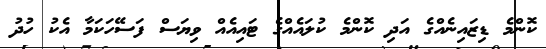
ކޮންމެ ޑިޒައިނެއްގެ އަދި ކޮންމެ ކުލައެއްގެ ޓައިއެއް ވިޔަސް ފަސޭހަކަމާ އެކު ހުދު